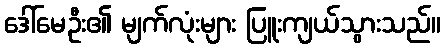
ဒေါ်မေဦး၏ မျက်လုံးများ ပြူးကျယ်သွားသည်။